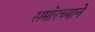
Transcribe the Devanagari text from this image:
समोरच्याने